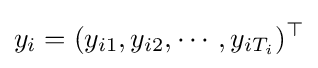
y_{i}=(y_{i1},y_{i2},\cdots ,y_{iT_{i}})^{\top }